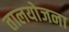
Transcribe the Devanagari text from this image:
तालयोजना